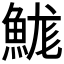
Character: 𩷙